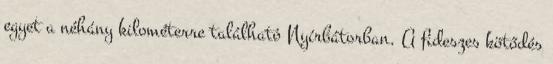
egyet a néhány kilométerre található Nyírbátorban. A fideszes kötődés